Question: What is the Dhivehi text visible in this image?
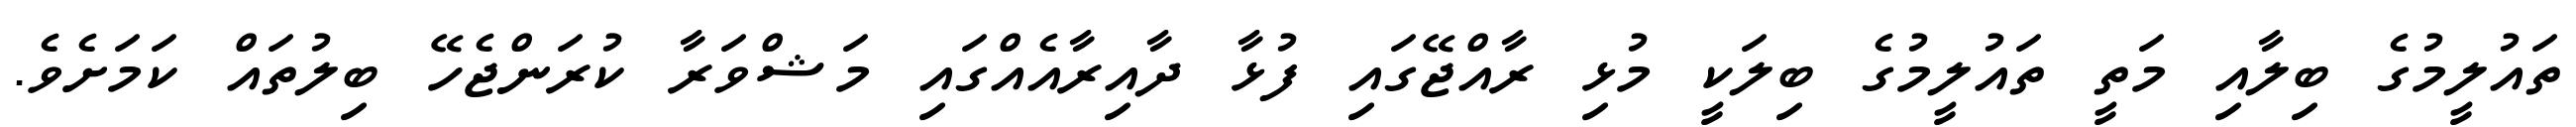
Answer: ތައުލީމުގެ ބިލާއި މަތީ ތައުލީމުގެ ބިލަކީ މުޅި ރާއްޖޭގައި ފުޅާ ދާއިރާއެއްގައި މަޝްވަރާ ކުރަންޖެހޭ ބިލުތައް ކަމަށެވެ.